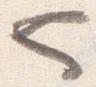
也